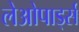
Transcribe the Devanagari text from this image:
लेओपार्ड्स